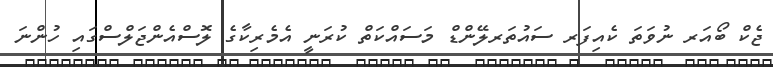
ޖެކް ބޯއަރ ނުވަތަ ކެއިފަރ ސައުތަރލޭންޑް މަސައްކަތް ކުރަނީ އެމެރިކާގެ ލޮސްއެންޖަލްސްގައި ހުންނަ